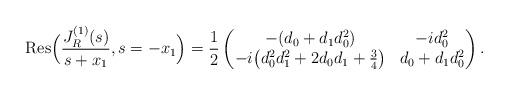
LaTeX: \begin{align*}\mbox{Res}\Big(\frac{J_{R}^{(1)}(s)}{s+x_{1}},s = -x_{1}\Big) = \frac{1}{2} \begin{pmatrix}-(d_{0}+d_{1}d_{0}^{2}) & -id_{0}^{2} \\-i \big( d_{0}^{2}d_{1}^{2}+2d_{0}d_{1}+\frac{3}{4} \big) & d_{0} + d_{1}d_{0}^{2}\end{pmatrix}.\end{align*}